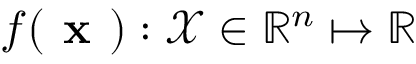
f ( \textbf { x } ) : \mathcal { X } \in \mathbb { R } ^ { n } \mapsto \mathbb { R }